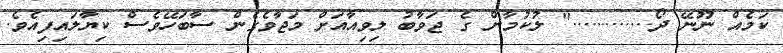
ކަމެއް ނޫނޭ ދޯ............." ލުކުމާން ގެ ޖަވާބު ލިވިއާއަށް މަޖާވެގެން ސާބަހޭވެސް ކިޔާލައިފިއެވެ.